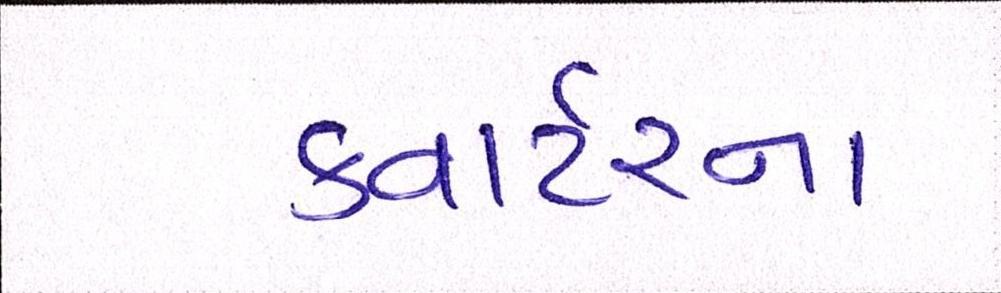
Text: કવાર્ટરના